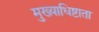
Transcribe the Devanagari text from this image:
मुख्याधिष्टाता